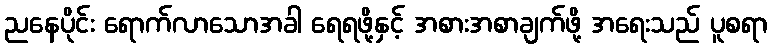
ညနေပိုင်း ရောက်လာသောအခါ ရေရဖို့နှင့် အစားအစာချက်ဖို့ အရေးသည် ပူစရာ